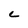
Character: C